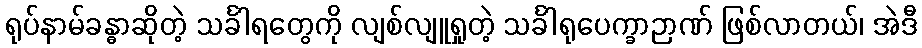
ရုပ်နာမ်ခန္ဓာဆိုတဲ့ သင်္ခါရတွေကို လျစ်လျူရှုတဲ့ သင်္ခါရုပေက္ခာဉာဏ် ဖြစ်လာတယ်၊ အဲဒီ